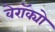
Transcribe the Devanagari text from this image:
वेरॉक्यो